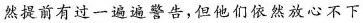
然提前有过一遍遍的警告，但他们依然放心不下